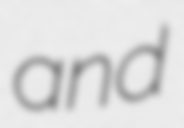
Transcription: and